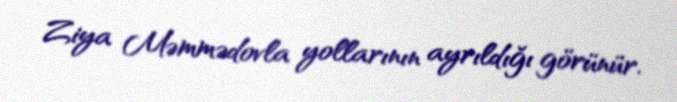
Ziya Məmmədovla yollarının ayrıldığı görünür.